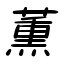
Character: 薫